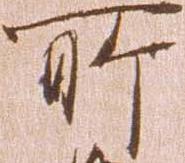
所